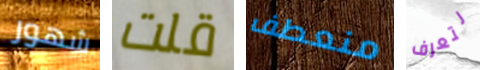
شهور قلت منعطف لتعرف